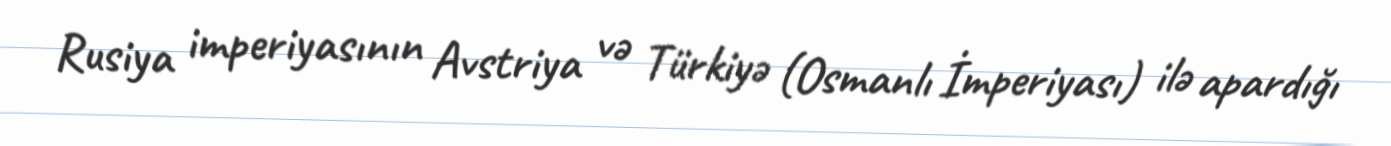
Rusiya imperiyasının Avstriya və Türkiyə (Osmanlı İmperiyası) ilə apardığı